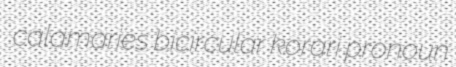
calamaries bicircular korari pronoun